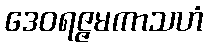
ဒေဝရဇ္ဇမကာသဟံ